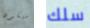
سيكون سلك